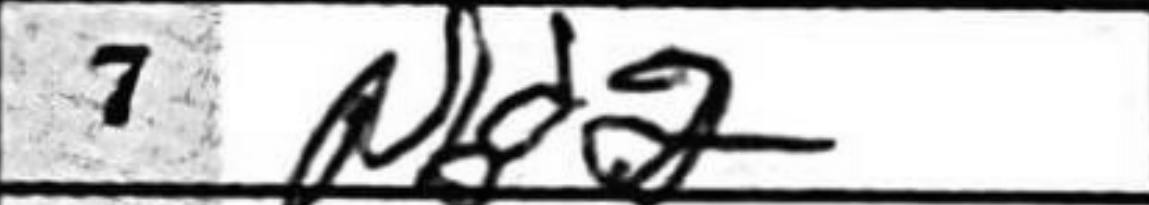
Transcription: N82